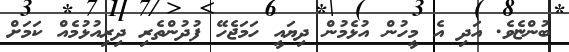
ބުންޏެވެ. އަދި އެ މީހުން އުޅެމުން ދިޔައީ ހަމަޖެހޭ ފުދުންތެރި ދިރިއުޅުމެއް ކަމަށް